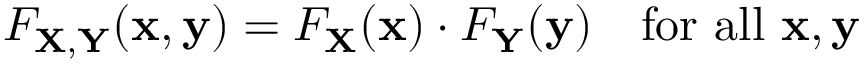
F _ { \mathbf { X , Y } } ( \mathbf { x , y } ) = F _ { \mathbf { X } } ( \mathbf { x } ) \cdot F _ { \mathbf { Y } } ( \mathbf { y } ) \quad { \mathrm { f o r ~ a l l ~ } } \mathbf { x } , \mathbf { y }